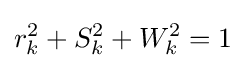
r_{k}^{2}+S_{k}^{2}+W_{k}^{2}=1